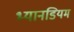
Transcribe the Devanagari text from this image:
भ्यानडियम